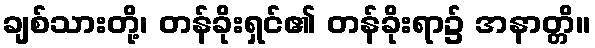
ချစ်သားတို့၊ တန်ခိုးရှင်၏ တန်ခိုးရာ၌ အနာတ္တိ။